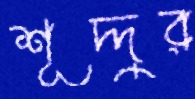
শূদ্দুর